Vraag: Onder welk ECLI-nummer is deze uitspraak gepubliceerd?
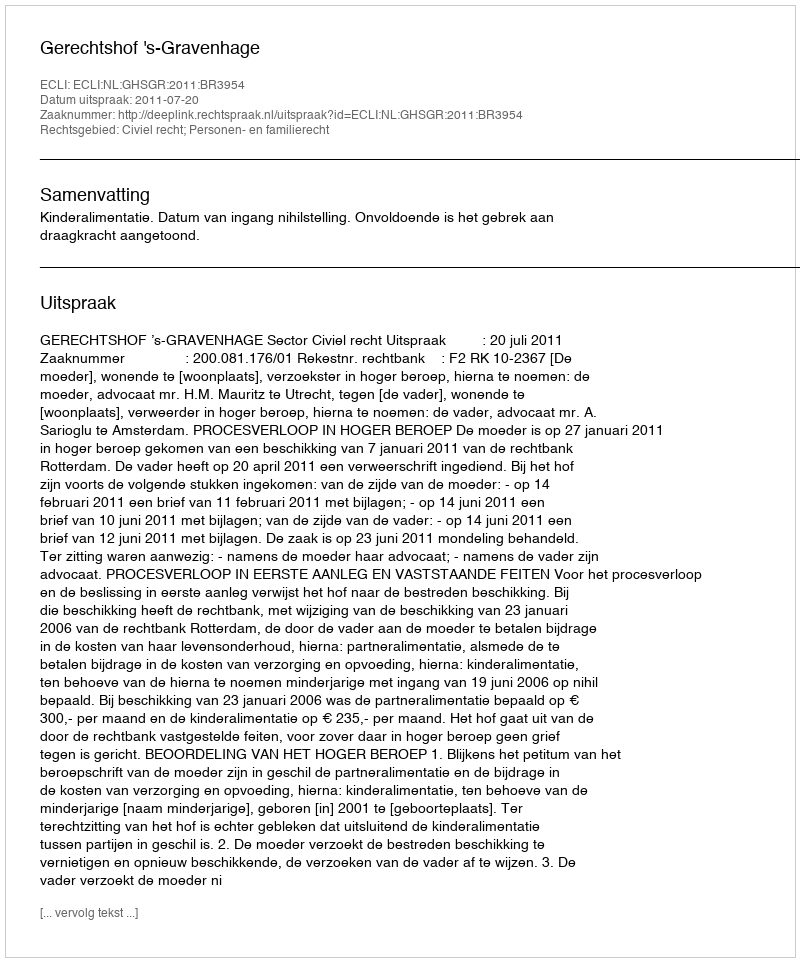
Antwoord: ECLI:NL:GHSGR:2011:BR3954